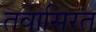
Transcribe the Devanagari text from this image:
तवासिरत